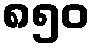
၈၅၀